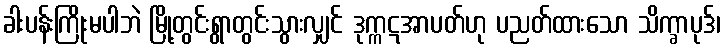
ခါးပန်းကြိုးမပါဘဲ မြို့တွင်းရွာတွင်းသွားလျှင် ဒုက္ကဋအာပတ်ဟု ပညတ်ထားသော သိက္ခာပုဒ်၊